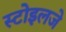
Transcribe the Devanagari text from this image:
स्टोइलजे